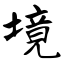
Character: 境